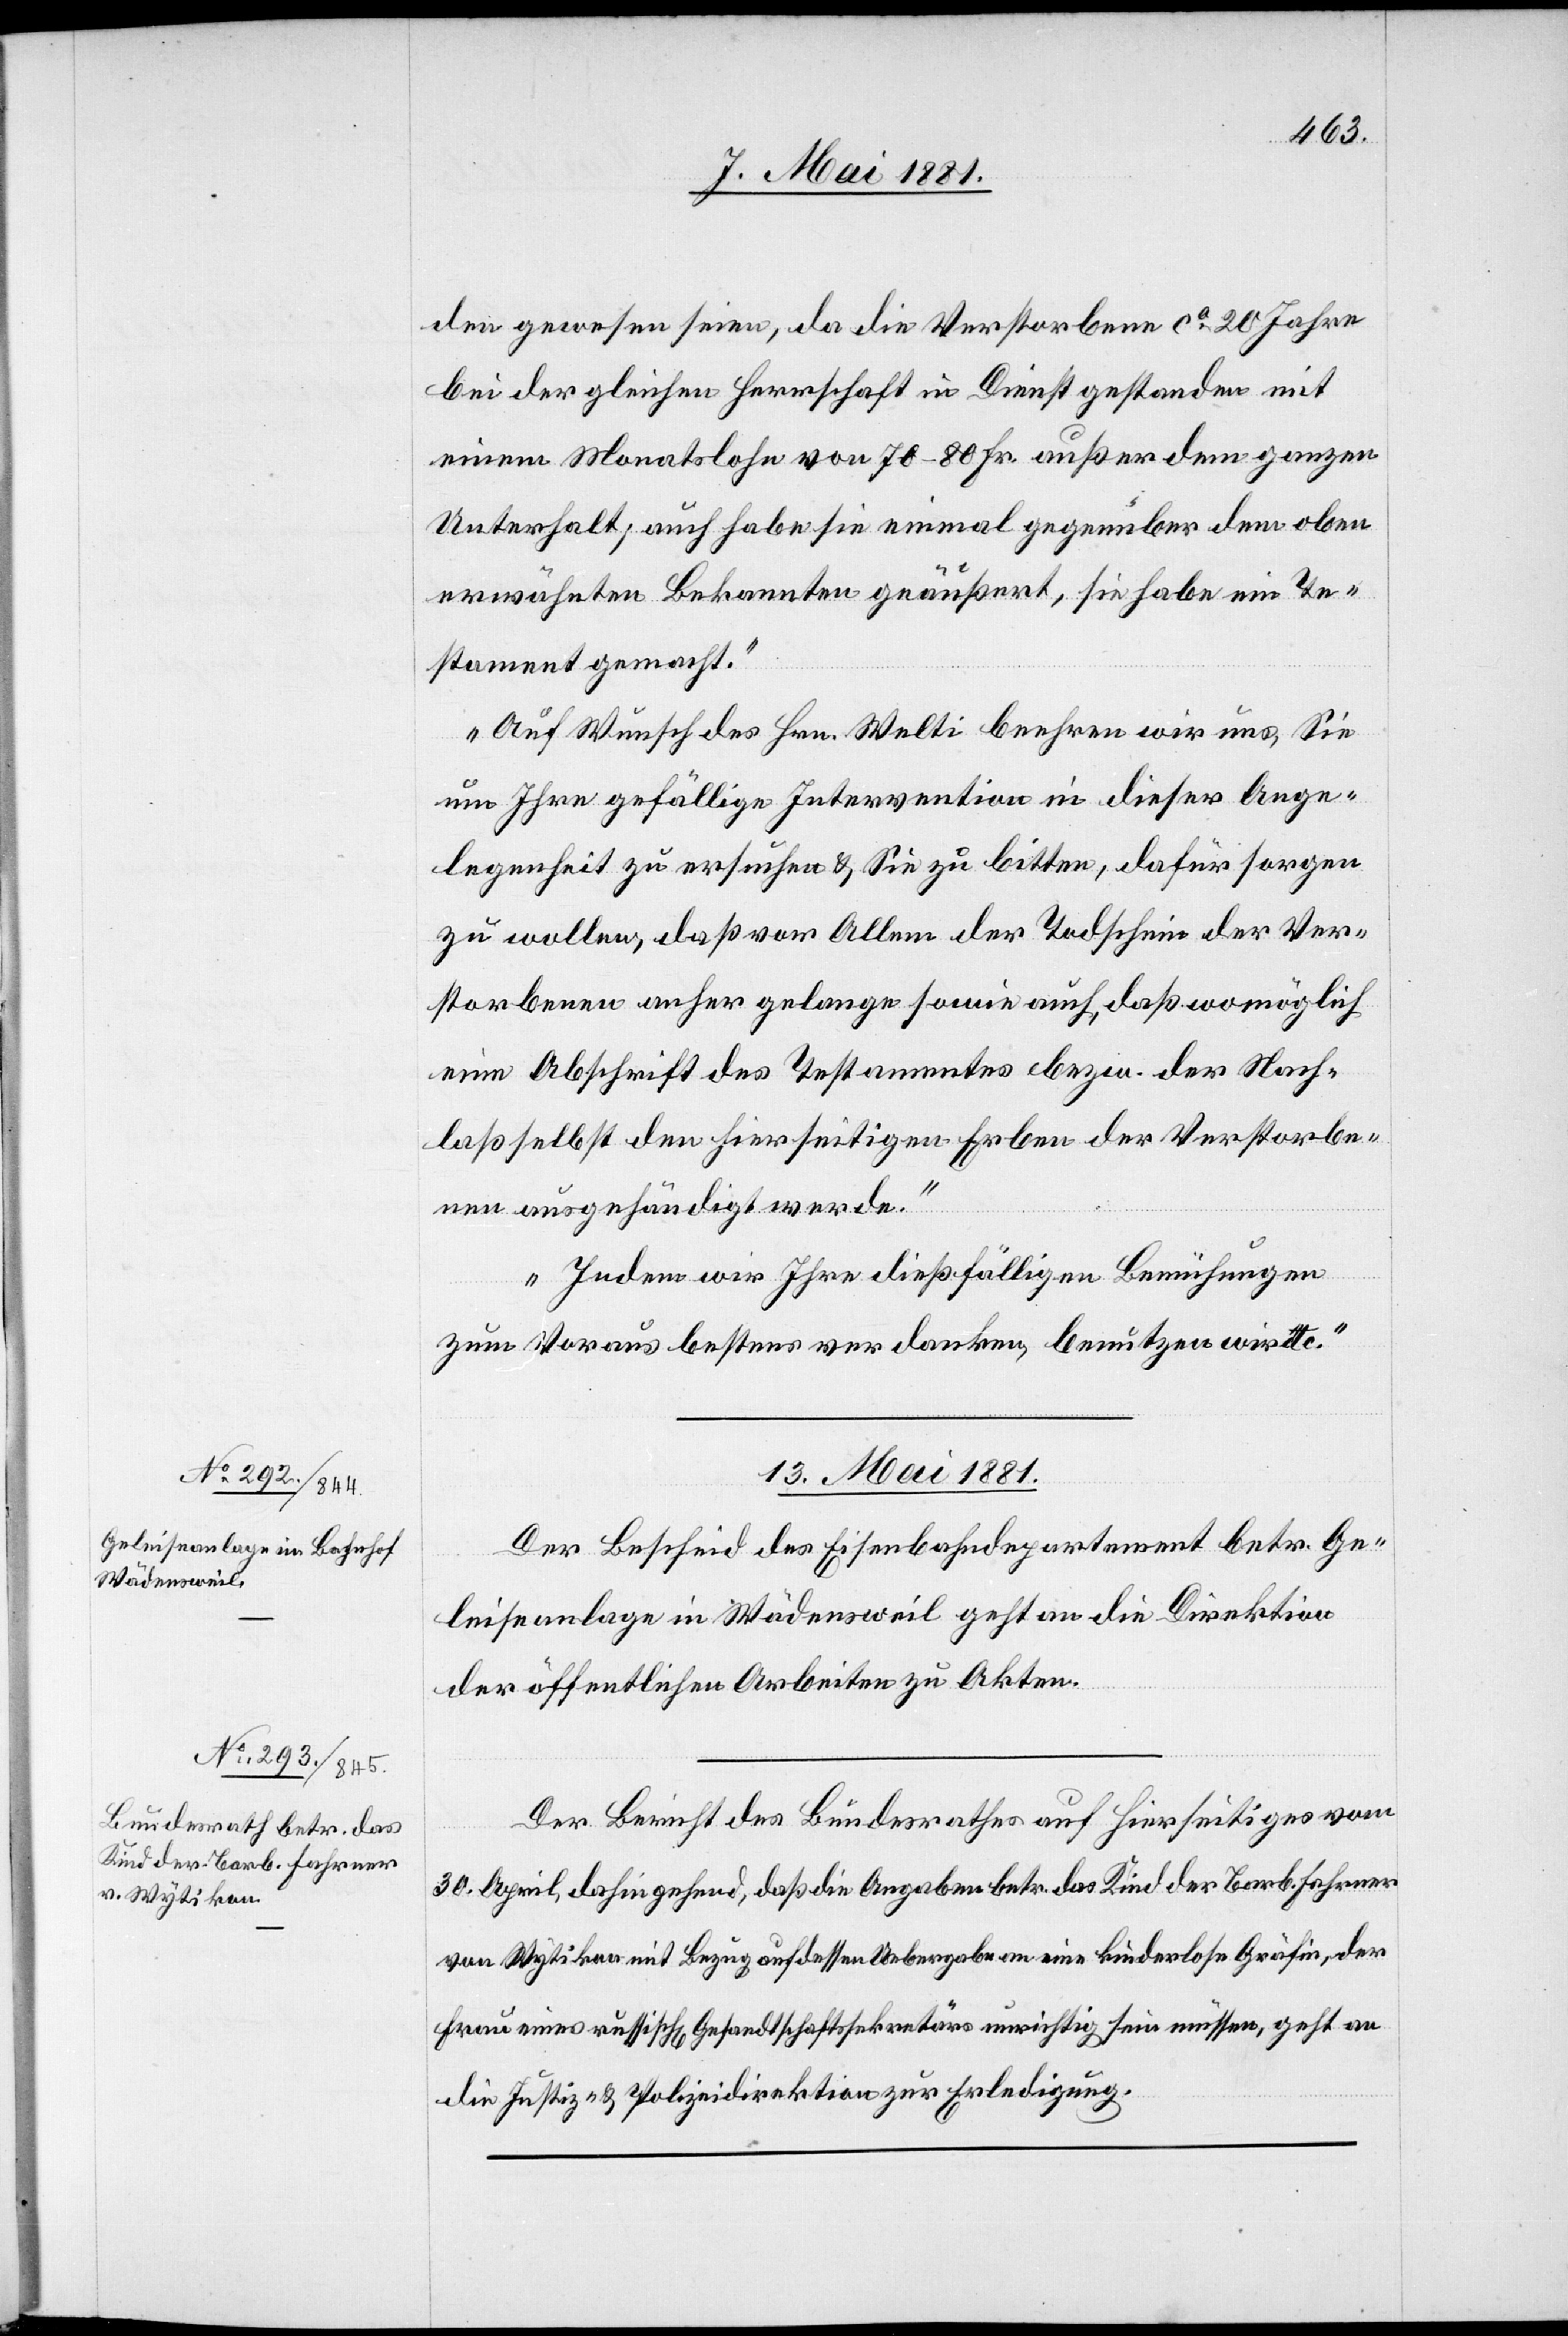
den gewesen seien, da die Verstorbene ca 20 Jahre
bei der gleichen Herrschaft in Dienst gestanden mit
einem Monatslohn von 78–80 Fr. außer dem ganzen
Unterhalt; auch habe sie einmal gegenüber dem oben
erwähnten Bekannten geäußert, sie habe ein Te¬
stament gemacht.
Auf Wunsch des Hrn. Welti beehren wir uns, Sie
um Ihre gefällige Intervention in dieser Ange¬
legenheit zu ersuchen & Sie zu bitten, dafür sorgen
zu wollen, daß vor Allem der Todschein der Ver¬
storbenen anher gelange sowie auch, daß womöglich
eine Abschrift des Testamentes bezw. der Nach¬
laß selbst den hierseitigen Erben der Verstorbe¬
nen ausgehändigt werde.
Indem wir Ihre dießfälligen Bemühungen
zum Voraus bestens verdanken, benutzen wir etc.“
13. Mai 1881.]
Der Bescheid des Eisenbahndepartement betr. Ge¬
leiseanlage in Wädensweil geht an die Direktion
der öffentlichen Arbeiten zu Akten.
Der Bericht des Bundesrathes auf hierseitiges vom
30. April, dahingehend, daß die Angaben betr. des Kind der Barb. Fahrner
von Wytikon mit Bezug auf dessen Uebergabe an eine kinderlose Gräfin, der
Frau eines russisch[en] Gesandtschaftssekretärs unrichtig sein müssen, geht an
die Justiz- & Polizeidirektion zur Erledigung.